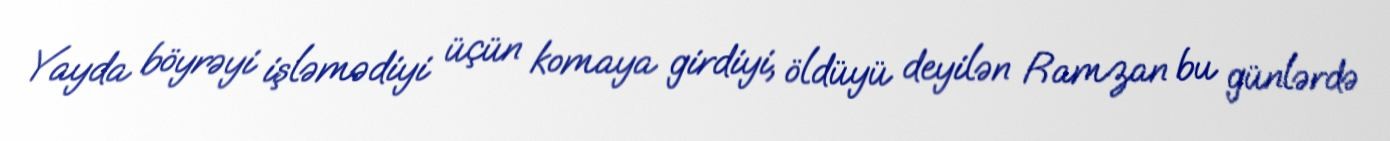
Yayda böyrəyi işləmədiyi üçün komaya girdiyi, öldüyü deyilən Ramzan bu günlərdə